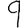
Digit: 9